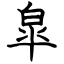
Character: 皐